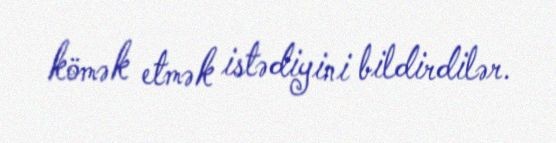
kömək etmək istədiyini bildirdilər.